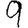
Digit: 9